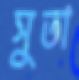
সুতা